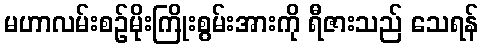
မဟာလမ်းစဉ်မိုးကြိုးစွမ်းအားကို ရီဇားသည် သေရန်